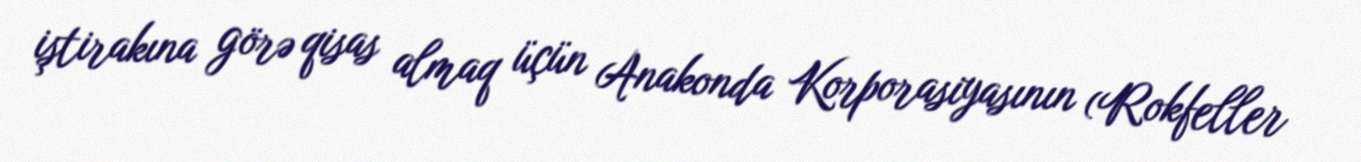
iştirakına görə qisas almaq üçün Anakonda Korporasiyasının (Rokfeller